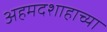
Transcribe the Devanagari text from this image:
अहमदशाहाच्या